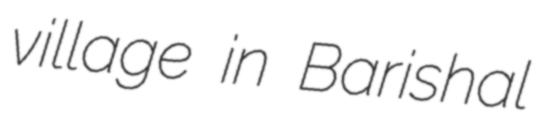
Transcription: village in Barishal